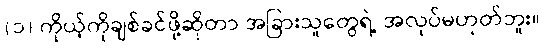
(၁) ကိုယ့်ကိုချစ်ခင်ဖို့ဆိုတာ အခြားသူတွေရဲ့ အလုပ်မဟုတ်ဘူး။